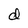
Character: d